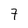
Character: 7